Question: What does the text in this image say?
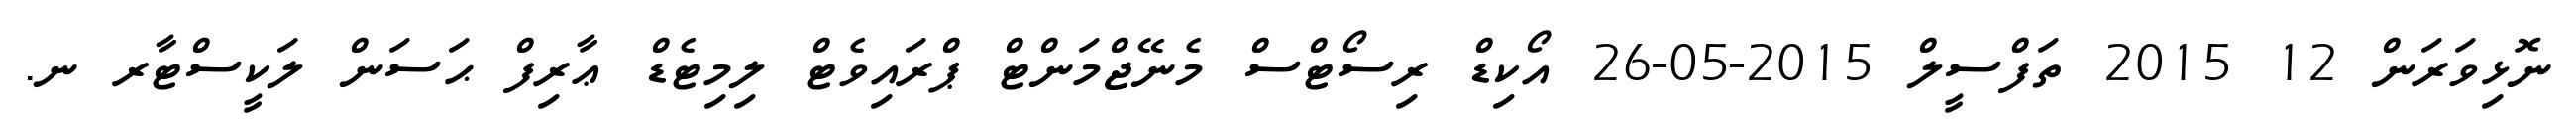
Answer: ނޮޅިވަރަން 12 2015 ތަފްސީލް 2015-05-26 އޯކިޑް ރިސޯޓްސް މެނޭޖްމަންޓް ޕްރައިވެޓް ލިމިޓެޑް ޢާރިފް ޙަސަން ލަކީސްޓާރ ނ.